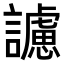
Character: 𧭜